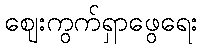
ဈေးကွက်ရှာဖွေရေး